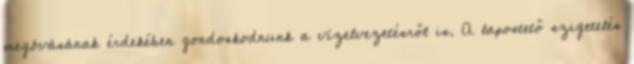
megóvásának érdekében gondoskodnunk a vízelvezetésről is. A lapostető szigetelés